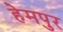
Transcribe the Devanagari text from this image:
हेमपुर